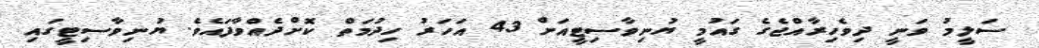
ސަލީމު ވަނީ ދިވެހިރާއްޖެގެ ގައުމީ ޔުނިވާސިޓީއަށް 43 އަހަރު ހިދުމަތް ކޮށްދެއްވާފައެވެ. ޔުނިވާސިޓީގައި